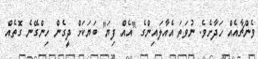
ވެންޗާއެއް ހަދާށެވެ. ނުވަތަ އެއާލައިންގެ "އެއް ފިޔަ" ބަޔަކަށް ދީގެން ހިންގޭނެ ގޮތެއް